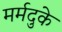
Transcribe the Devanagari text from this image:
मर्मदुके